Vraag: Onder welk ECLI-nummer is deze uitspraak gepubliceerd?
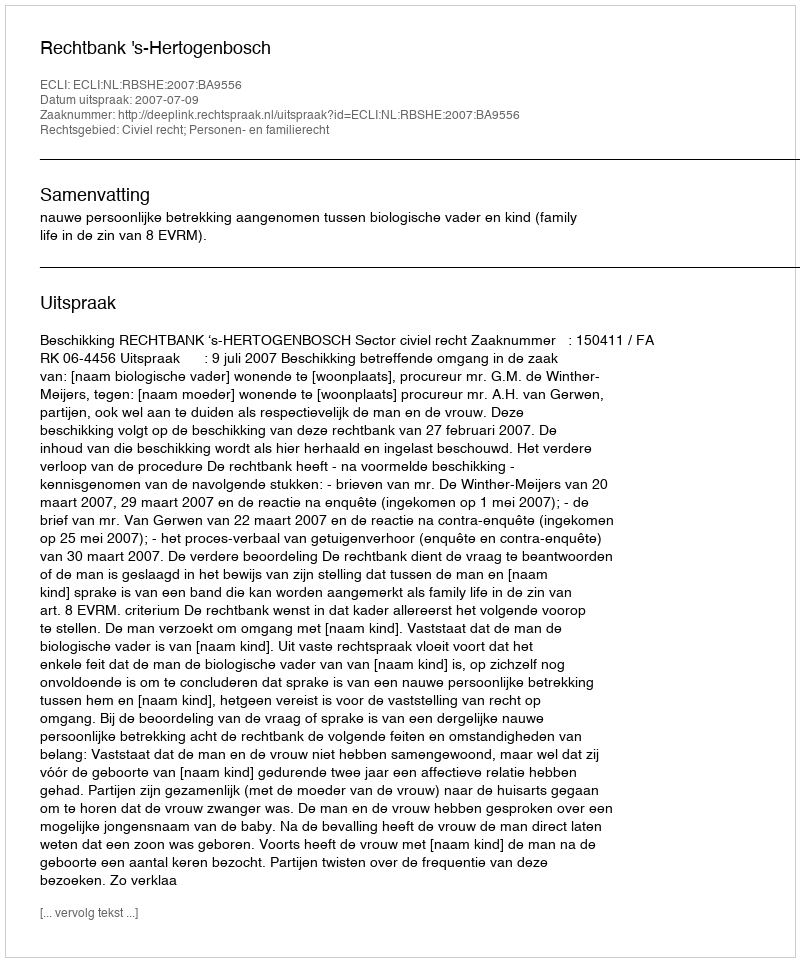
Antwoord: ECLI:NL:RBSHE:2007:BA9556